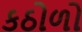
કઠોળો